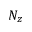
N _ { z }